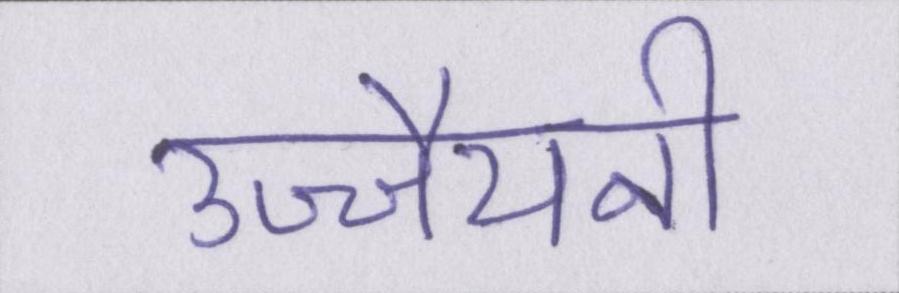
उज्जैयनी